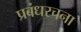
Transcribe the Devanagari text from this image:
प्रबंधरचना